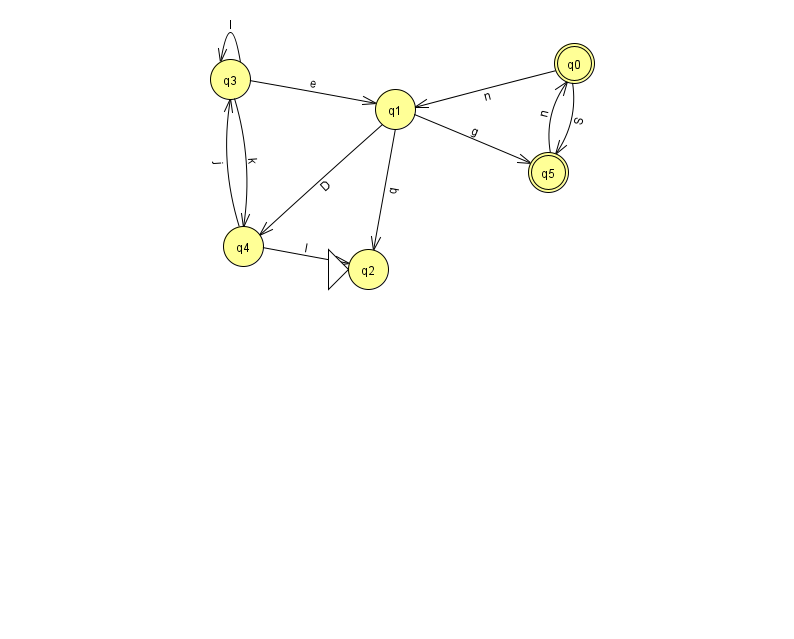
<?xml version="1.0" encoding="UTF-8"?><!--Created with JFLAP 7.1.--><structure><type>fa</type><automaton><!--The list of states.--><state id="0" name="q0"><x>574.0</x><y>50.0</y><final/></state><state id="1" name="q1"><x>395.0</x><y>96.0</y></state><state id="2" name="q2"><x>368.0</x><y>256.0</y><initial/></state><state id="3" name="q3"><x>230.0</x><y>66.0</y></state><state id="4" name="q4"><x>243.0</x><y>233.0</y></state><state id="5" name="q5"><x>548.0</x><y>159.0</y><final/></state><!--The list of transitions.--><transition><from>0</from><to>1</to><read>n</read></transition><transition><from>4</from><to>2</to><read>I</read></transition><transition><from>3</from><to>4</to><read>k</read></transition><transition><from>0</from><to>5</to><read>S</read></transition><transition><from>4</from><to>3</to><read>j</read></transition><transition><from>1</from><to>4</to><read>D</read></transition><transition><from>5</from><to>0</to><read>n</read></transition><transition><from>1</from><to>2</to><read>q</read></transition><transition><from>3</from><to>1</to><read>e</read></transition><transition><from>3</from><to>3</to><read>I</read></transition><transition><from>1</from><to>5</to><read>g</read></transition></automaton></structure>